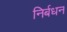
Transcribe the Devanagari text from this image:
निर्बधन